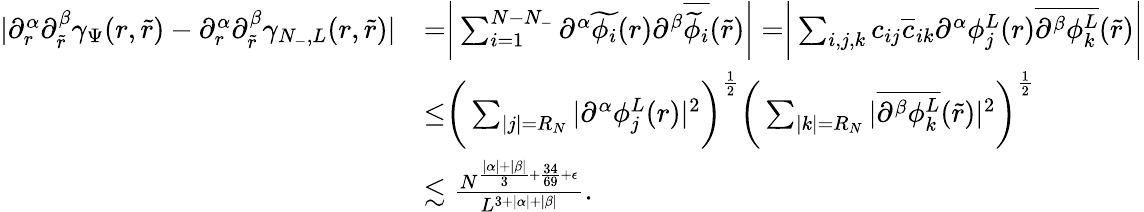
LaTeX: \begin{array}{rl}{|\partial_{r}^{\alpha}\partial_{\tilde{r}}^{\beta}\gamma_{\Psi}(r,\tilde{r})-\partial_{r}^{\alpha}\partial_{\tilde{r}}^{\beta}\gamma_{N_{-},L}(r,\tilde{r})|}&{=\biggr|\sum_{i=1}^{N-N_{-}}\partial^{\alpha}\widetilde{\phi_{i}}(r)\partial^{\beta}\overline{{\widetilde{\phi}_{i}}}(\tilde{r})\biggr|=\biggr|\sum_{i,j,k}c_{ij}\overline{{c}}_{ik}\partial^{\alpha}\phi_{j}^{L}(r)\overline{{\partial^{\beta}\phi_{k}^{L}}}(\tilde{r})\biggr|}\\ &{\leq\biggr(\sum_{|j|=R_{N}}|\partial^{\alpha}\phi_{j}^{L}(r)|^{2}\bigg)^{\frac 12}\biggr(\sum_{|k|=R_{N}}|\overline{{\partial^{\beta}\phi_{k}^{L}}}(\tilde{r})|^{2}\biggr)^{\frac 12}}\\ &{\lesssim\frac{N^{\frac{|\alpha|+|\beta|}{3}+\frac{34}{69}+\epsilon}}{L^{3+|\alpha|+|\beta|}}.}\end{array}